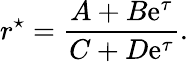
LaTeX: r^{\star}=\frac{A+B\mathrm{e}^{\tau}}{C+D\mathrm{e}^{\tau}}.